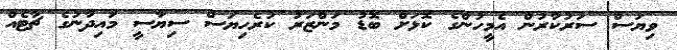
ވިޔަސް ސަރުކާރުން އެމީހުންގެ ކޮޅަށް ބޮޑު މަންޒަރު ކުރެހިޔަސް ސިޔާސީ މައިދާނުގެ ޗާޓެއް